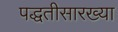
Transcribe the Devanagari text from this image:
पद्धतीसारख्या